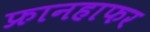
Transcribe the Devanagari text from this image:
फ्रानहाफर